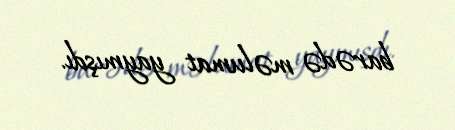
barədə məlumat yaymışdı.